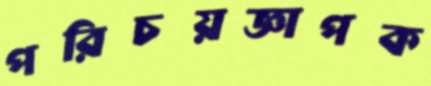
পরিচয়জ্ঞাপক